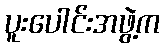
ပူးပေါင်းအဖွဲ့က